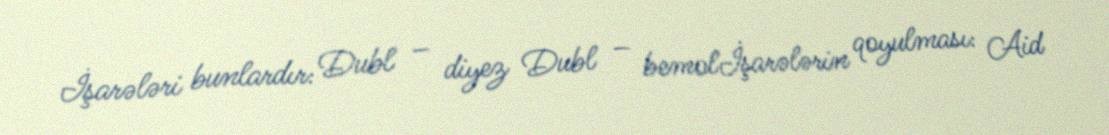
İşarələri bunlardır: Dubl – diyez Dubl – bemolİşarələrin qoyulması: Aid